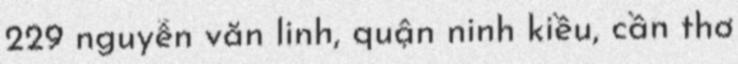
229 nguyễn văn linh, quận ninh kiều, cần thơ